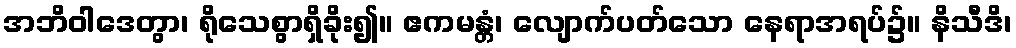
အဘိဝါဒေတွာ၊ ရိုသေစွာရှိခိုး၍။ ဧကမန္တံ၊ လျောက်ပတ်သော နေရာအရပ်၌။ နိသီဒိ၊